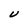
Character: U